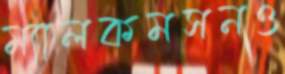
ম্যালকমসনও